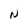
Character: N